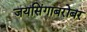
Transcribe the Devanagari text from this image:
जयसिंगाबरोबर